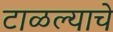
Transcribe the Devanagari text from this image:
टाळल्याचे